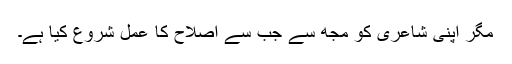
مگر اپنی شاعری کو مجھ سے جب سے اصلاح کا عمل شروع کِیا ہے۔